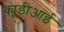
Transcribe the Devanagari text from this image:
क्यूडीआई